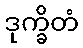
ဒုက္ခိတံ